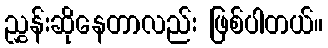
ညွှန်းဆိုနေတာလည်း ဖြစ်ပါတယ်။